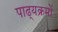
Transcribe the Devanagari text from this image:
पाढ्यक्रमों